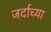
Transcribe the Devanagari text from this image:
जर्दाच्या